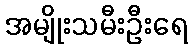
အမျိုးသမီးဦးရေ